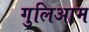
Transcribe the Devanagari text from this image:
गुलिआम